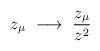
LaTeX: \begin{align*}z_\mu ~ \longrightarrow ~ \frac{z_\mu}{z^2}\end{align*}